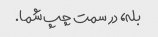
بله، در سمت چپ شما.